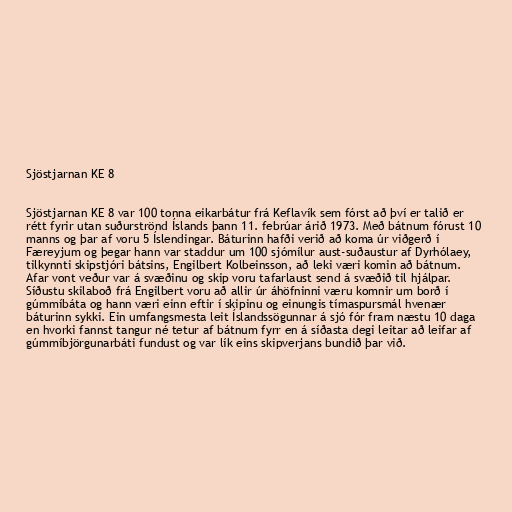
Sjöstjarnan KE 8

Sjöstjarnan KE 8 var 100 tonna eikarbátur frá Keflavík sem fórst að því er talið er
rétt fyrir utan suðurströnd Íslands þann 11. febrúar árið 1973. Með bátnum fórust 10
manns og þar af voru 5 Íslendingar. Báturinn hafði verið að koma úr viðgerð í
Færeyjum og þegar hann var staddur um 100 sjómílur aust-suðaustur af Dyrhólaey,
tilkynnti skipstjóri bátsins, Engilbert Kolbeinsson, að leki væri komin að bátnum.
Afar vont veður var á svæðinu og skip voru tafarlaust send á svæðið til hjálpar.
Síðustu skilaboð frá Engilbert voru að allir úr áhöfninni væru komnir um borð í
gúmmíbáta og hann væri einn eftir í skipinu og einungis tímaspursmál hvenær
báturinn sykki. Ein umfangsmesta leit Íslandssögunnar á sjó fór fram næstu 10 daga
en hvorki fannst tangur né tetur af bátnum fyrr en á síðasta degi leitar að leifar af
gúmmíbjörgunarbáti fundust og var lík eins skipverjans bundið þar við.